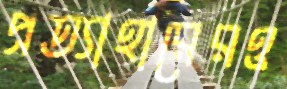
প্রত্যাহারেরও